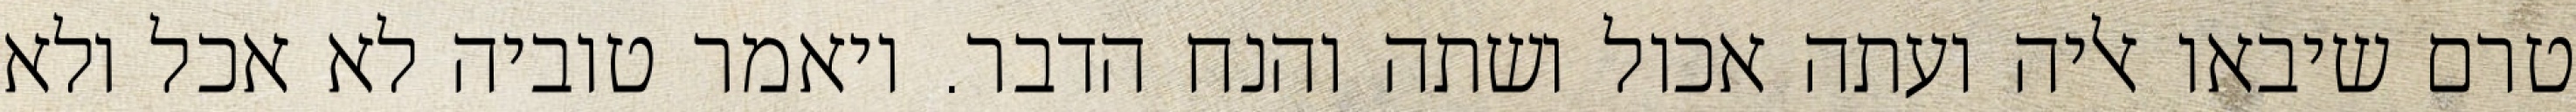
טרם שיבאו אליה ועתה אכול ושתה והנח הדבר. ויאמר טוביה לא אכל ולא